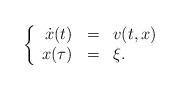
LaTeX: \begin{align*}\left\{\begin{array}{rcl} \dot{x}(t)&=&v(t, x)\\x(\tau)&=&\xi. \end{array}\right.\end{align*}